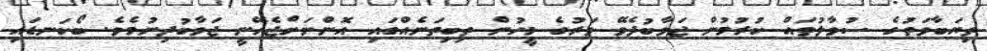
ތިޔަބާވަތުގެ ސުވާލުތައް ކުރުމުން ޖަވާބުދެވޭ ވަރުގެ މީހުން ތިބިތަނެއްގައި އޮންނަށްޖެހޭނީ ޖަވާބުދިނުމެވެ. ބޯކަނޑައި